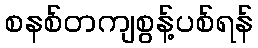
စနစ်တကျစွန့်ပစ်ရန်